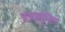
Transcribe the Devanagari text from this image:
वाद्यवृंदीय